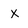
Character: x